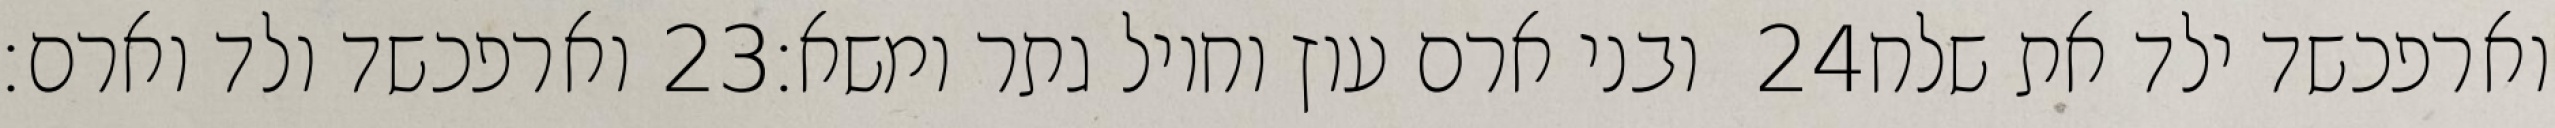
וארפכשד ולד וארם׃ ‎23‏ ובני ארם עוץ וחויל גתר ומשא׃ ‎24‏ וארפכשד ילד את שלח